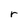
Character: r